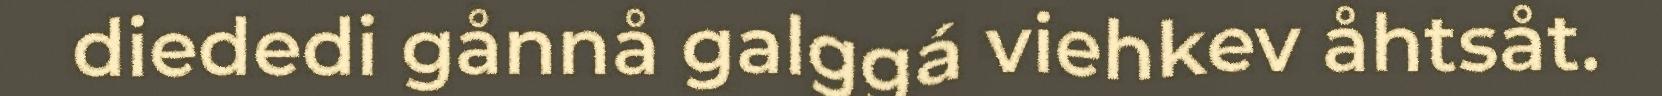
diededi gånnå galggá viehkev åhtsåt.